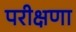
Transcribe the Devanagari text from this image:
परीक्षणा